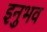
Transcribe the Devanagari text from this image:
इनुभव